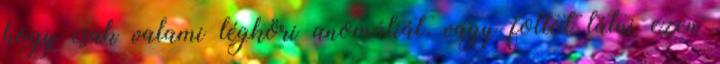
hogy csak valami légköri anomáliát, vagy foltot látni ezen